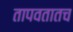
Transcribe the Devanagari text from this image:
तापवतातच